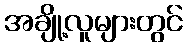
အချို့လူများတွင်